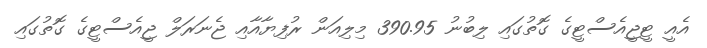
އެއީ ޓީޖީއެސްޓީގެ ގޮތުގައި ލިބުނު 390.95 މިލިއަން ރުފިޔާއާއި ޖެނަރަލް ޖީއެސްޓީގެ ގޮތުގައި